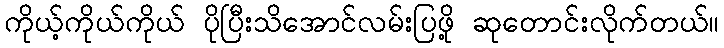
ကိုယ့်ကိုယ်ကိုယ် ပိုပြီးသိအောင်လမ်းပြဖို့ ဆုတောင်းလိုက်တယ်။